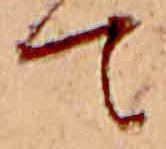
て